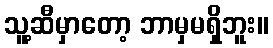
သူ့ဆီမှာတော့ ဘာမှမရှိဘူး။